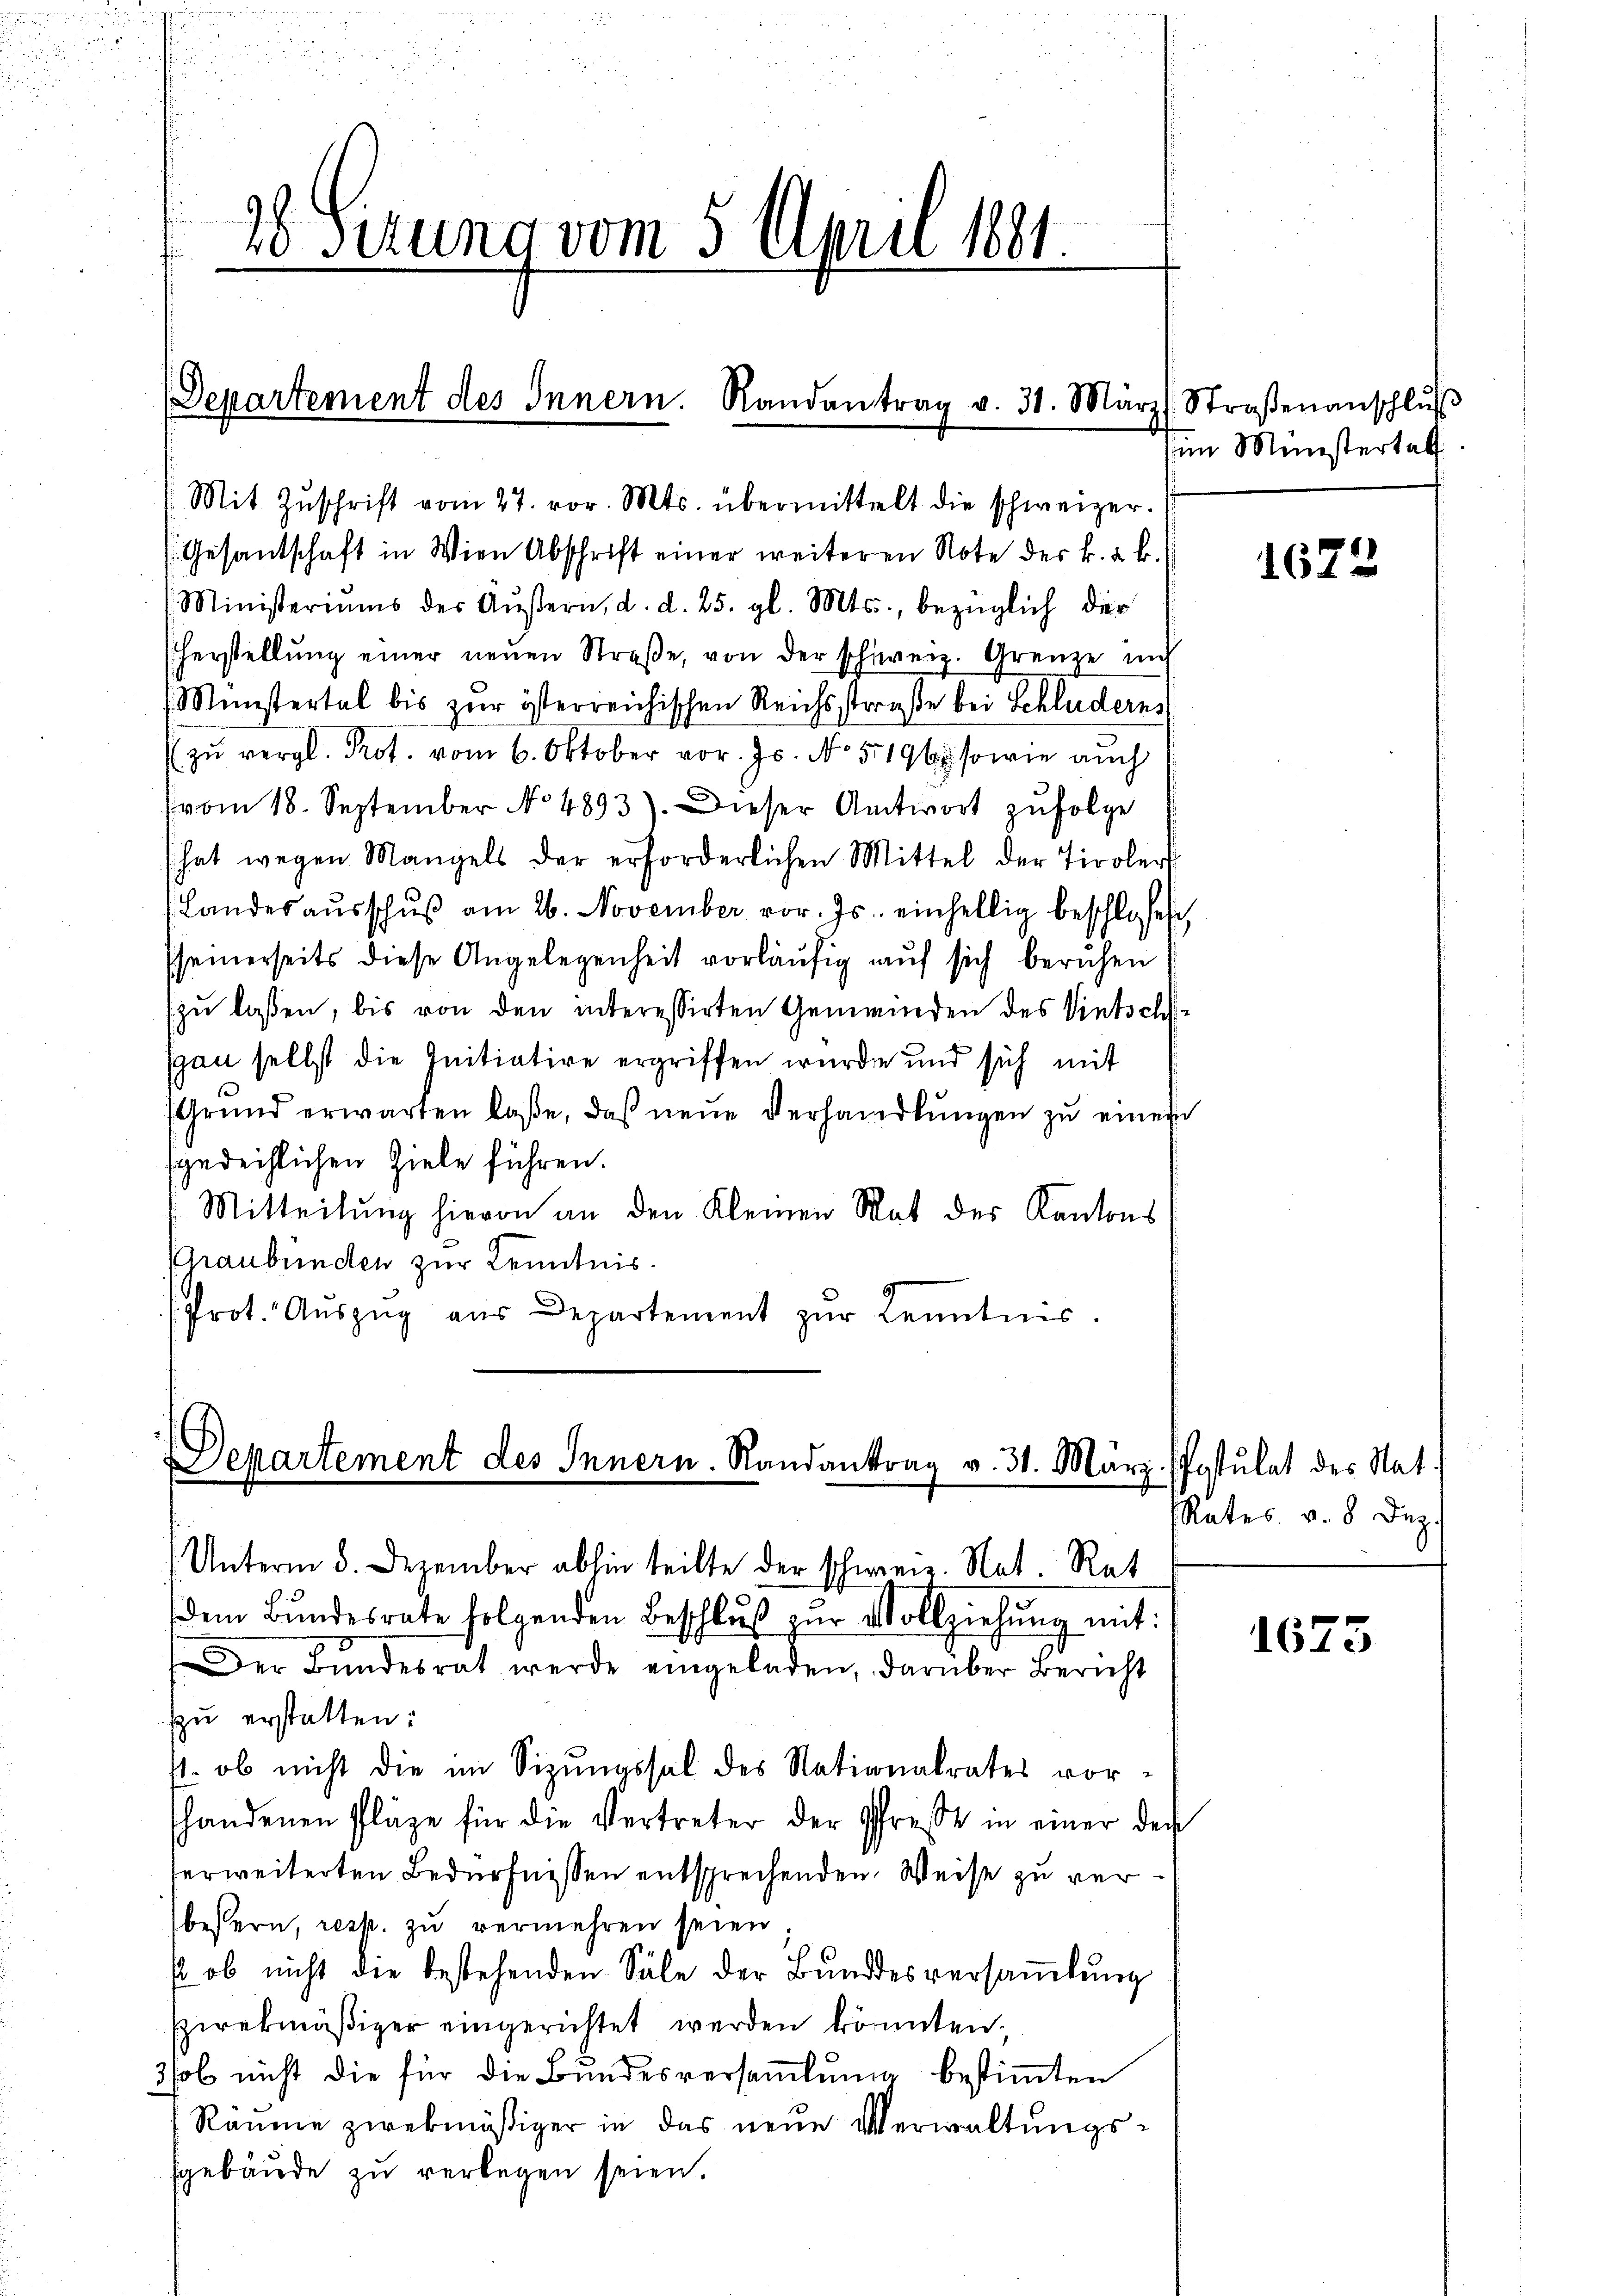
s
.
28 Sezung vom 5. April 1881.

Departement des Innern. Randantrag v. 31. März Straßenanschlŭβ
Mit Zŭschrift vom 27. vor. Mts. übermittelt die schweizer.

(Gesandschaft in Wien Abschrift einer weiteren Note des k. k. k.
Ministeriums der Aŭβern, d. d. 25. gl. Mts., bezüglich der
herstellŭng einer neŭen Straβe, von der schweiz. Grenze mit
Münstertal bis zur österreichischen Reichsstraße bei Schluderns
zŭ vergl. Prot. vom 6. Oktober vor. Js. No. 5196 sowie auch
vom 18. September No 4893). Dieser Antwort zufolge
hat wegen Mangels der erforderlichen Mittel der Tiroler
Landesaŭsschŭβ am 26. November vor. Js. einhellig beschloses,
sseinerseits diese Angelegenheit vorläŭfig auf sich beruhen
zu lassen, bis von den interessirten Gemeinden des Vietschgan selbst die Initiative ergriffen wurde und sich mit
Grŭnd erwarten laße, daß neue Verhandlŭngen zu einer
sgedeihlichen Ziele führen.
Mitteilung hievon an den Kleinen Rat der Kantons
Graubünden zur Kenntnis.
Prot. Aŭszŭg aŭs Departement zŭr Kenntnis.

Departement des Innern. Randantrag v. 31. März
Unterm 5. Dezember abhin teilte der schweiz. Nat. Rat

dem Bŭndesrate folgenden Beschlŭβ zŭr Vollziehung mit:
Der Bundesrat werde eingeladen, darüber Bericht
szu erstatten:
s. ob nicht die im Sizungssal des Nationalrates vorshandenen Pläge für die Vertreter der Pfreße in einer den
serweiterten Bedürfnissen entsprechenden Weise zu verbestern, resp. zu vermehren seien
s ob nicht die bestehenden Säle der Bundesversaṁlŭng
szwekmäβiger eingerichtet werden könnten.
3sol nicht die für die Bundesversaṁlŭng bestimten
Räume zwekmäßiger in das neue Verwaltungssgebäude zu verlegen seien.

Ein Ministertat

1622

Postulat des Nat
Rates v. 8. Dez.

1673